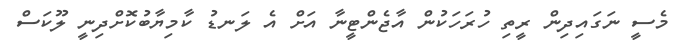
މެސީ ނަގައިދިން ރީތި ހުރަހަކުން އާޖެންޓީނާ އަށް އެ ލަނޑު ކާމިޔާބުކޮށްދިނީ ލޫކަސް